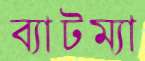
ব্যাটম্যা